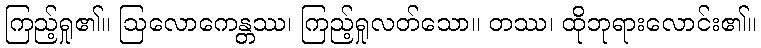
ကြည့်ရှု၏။ ဩလောကေန္တဿ၊ ကြည့်ရှုလတ်သော။ တဿ၊ ထိုဘုရားလောင်း၏။